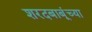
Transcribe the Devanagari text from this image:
शरदबाबूंच्या